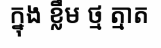
ក្នុង ខ្លឹម ថ្ម ត្មាត